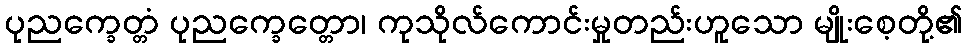
ပုညက္ခေတ္တံ ပုညက္ခေတ္တော၊ ကုသိုလ်ကောင်းမှုတည်းဟူသော မျိုးစေ့တို့၏